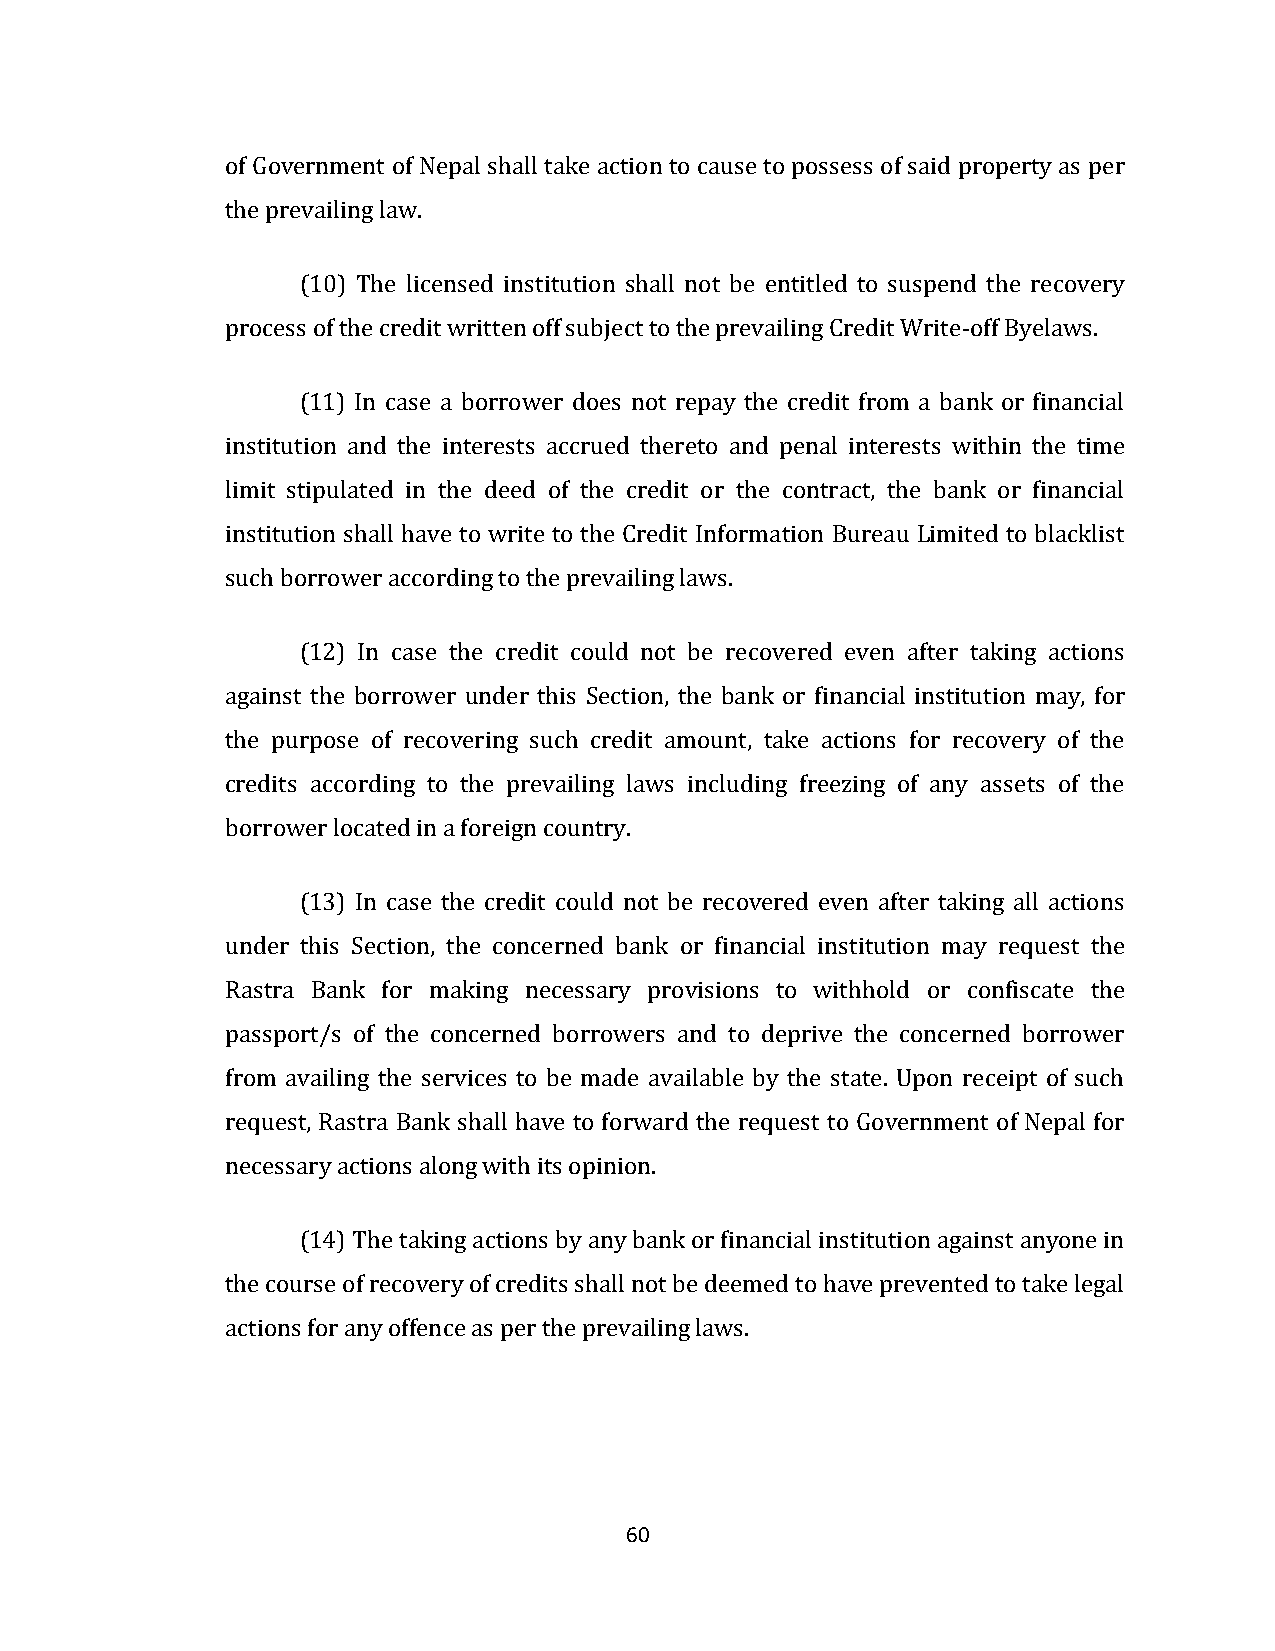
of Government of Nepal shall take action to cause to possess of said property as per
 the prevailing law.
 (10) The licensed institution shall not be entitled to suspend the recovery
 process of the credit written off subject to the prevailing Credit Write-off Byelaws.
 (11) In case a borrower does not repay the credit from a bank or financial
 institution and the interests accrued thereto and penal interests within the time
 limit stipulated in the deed of the credit or the contract, the bank or financial
 institution shall have to write to the Credit Information Bureau Limited to blacklist
 such borrower according to the prevailing laws.
 (12) In case the credit could not be recovered even after taking actions
 against the borrower under this Section, the bank or financial institution may, for
 the purpose of recovering such credit amount, take actions for recovery of the
 credits according to the prevailing laws including freezing of any assets of the
 borrower located in a foreign country.
 (13) In case the credit could not be recovered even after taking all actions
 under this Section, the concerned bank or financial institution may request the
 Rastra Bank for making necessary provisions to withhold or confiscate the
 passport/s of the concerned borrowers and to deprive the concerned borrower
 from availing the services to be made available by the state. Upon receipt of such
 request, Rastra Bank shall have to forward the request to Government of Nepal for
 necessary actions along with its opinion.
 (14) The taking actions by any bank or financial institution against anyone in
 the course of recovery of credits shall not be deemed to have prevented to take legal
 actions for any offence as per the prevailing laws.
 60